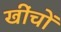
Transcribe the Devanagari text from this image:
खींचों